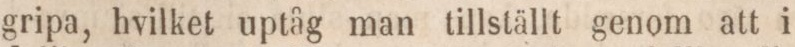
gripa, hvilket uptåg man tillställt genom att i